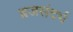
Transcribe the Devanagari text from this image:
ब्रजसंदर्भ